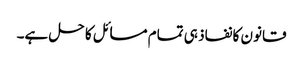
قانون کا نفاذ ہی تمام مسائل کا حل ہے۔